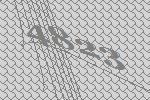
4823